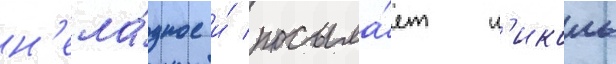
н'ела́дное и́ посыла́ет н'иколь